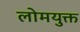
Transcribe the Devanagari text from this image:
लोमयुक्त